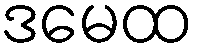
ဒမေထ